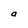
Character: a